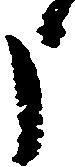
申